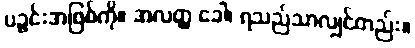
ပဉ္ဇင်းအဖြစ်ကို။ အလတ္ထ ခေါ၊ ရသည်သာလျှင်တည်း။